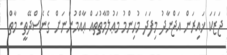
ޖަޒަކަ ޚައިރަން އަޖްނާދު މިފަދަ މުޙިންމު މަޢުލޫމާތުތައް ޢާއްމުންނަށް ގެނެސްދޭތީ. މާތް